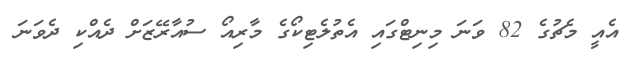
އެއީ މެޗުގެ 82 ވަނަ މިނިޓްގައި އެތުލެޓިކޯގެ މާރިއޯ ސުއާރޭޒަށް ދެއްކި ދެވަނަ